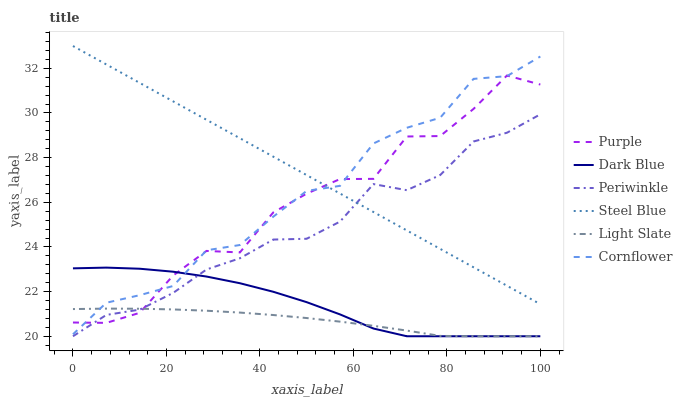
| xaxis_label | Purple | Dark Blue | Periwinkle | Steel Blue | Light Slate | Cornflower |
 | --- | --- | --- | --- | --- | --- | --- |
 | 0 | 20.6 | 23 | 20 | 33 | 21.2 | 20.1 |
 | 7.14 | 20.6 | 23.1 | 21 | 32.2 | 21.2 | 21.5 |
 | 14.3 | 21 | 23 | 21.2 | 31.3 | 21.2 | 21.8 |
 | 21.4 | 22.7 | 22.9 | 21.9 | 30.5 | 21.2 | 22.3 |
 | 28.6 | 23.8 | 22.7 | 23 | 29.7 | 21.1 | 23.8 |
 | 35.7 | 23.8 | 22.4 | 23.5 | 28.9 | 21.1 | 24.1 |
 | 42.9 | 25.5 | 22 | 24.3 | 28 | 21 | 25.4 |
 | 50 | 26.4 | 21.5 | 24.4 | 27.2 | 20.8 | 26.5 |
 | 57.1 | 27 | 21 | 25.1 | 26.4 | 20.7 | 26.7 |
 | 64.3 | 27 | 20.3 | 26.8 | 25.6 | 20.5 | 28.6 |
 | 71.4 | 28.9 | 20 | 26.5 | 24.7 | 20.3 | 29.3 |
 | 78.6 | 29 | 20 | 27.2 | 23.9 | 20 | 29.8 |
 | 85.7 | 30.2 | 20 | 28.7 | 23.1 | 20 | 31.5 |
 | 92.9 | 31.7 | 20 | 29.1 | 22.3 | 20 | 31.7 |
 | 100 | 31.3 | 20 | 29.9 | 21.4 | 20 | 32.5 |